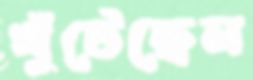
খুঁটেছেন